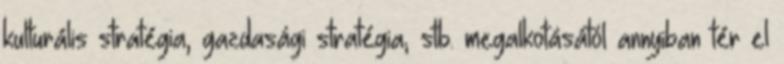
kulturális stratégia, gazdasági stratégia, stb. megalkotásától annyiban tér el